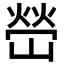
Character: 嵤